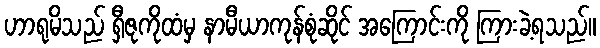
ဟာရုမိသည် ရှီဇုကိုထံမှ နာမီယာကုန်စုံဆိုင် အကြောင်းကို ကြားခဲ့ရသည်။